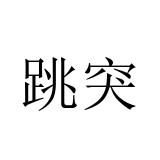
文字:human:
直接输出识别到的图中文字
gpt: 跳突